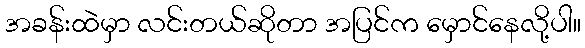
အခန်းထဲမှာ လင်းတယ်ဆိုတာ အပြင်က မှောင်နေလို့ပါ။